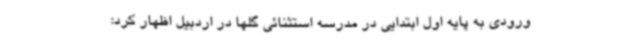
ورودی به پایه اول ابتدایی در مدرسه استثنائی گلها در اردبیل اظهار کرد: